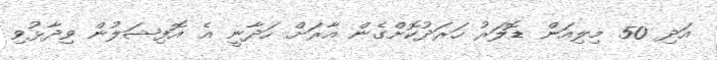
އަދި 50 މިލިއަން ޑޮލަރު ހަރަދުކޮށްގެން އާރަށް ހަދާނީ އެ އޮފިޝަލުން ވިދާޅުވި